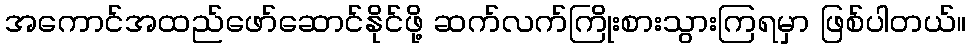
အကောင်အထည်ဖော်ဆောင်နိုင်ဖို့ ဆက်လက်ကြိုးစားသွားကြရမှာ ဖြစ်ပါတယ်။